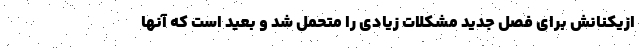
ازیکنانش برای فصل جدید مشکلات زیادی را متحمل شد و بعید است که آنها